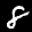
Label: 8